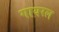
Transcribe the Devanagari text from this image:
गायरल